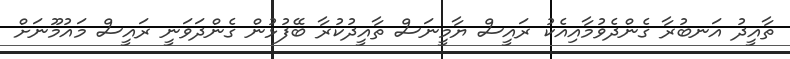
ތާއީދު އަނބުރާ ގެންދެވުމާއިއެކު ރައީސް ޔާމީނަސް ތާއީދުކުރާ ބޭފުޅުން ގެންދަވަނީ ރައީސް މައުމޫނަށް